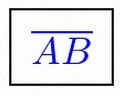
\overline{AB}